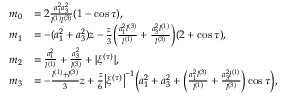
\begin{array} { r l } { m _ { 0 } } & { = 2 \frac { a _ { 1 } ^ { 2 } a _ { 3 } ^ { 2 } } { l ^ { ( 1 ) } l ^ { ( 3 ) } } ( 1 - \cos \tau ) , } \\ { m _ { 1 } } & { = - ( a _ { 1 } ^ { 2 } + a _ { 3 } ^ { 2 } ) z - \frac z 3 \biggl ( \frac { a _ { 1 } ^ { 2 } l ^ { ( 3 ) } } { l ^ { ( 1 ) } } + \frac { a _ { 3 } ^ { 2 } l ^ { ( 1 ) } } { l ^ { ( 3 ) } } \biggr ) ( 2 + \cos \tau ) , } \\ { m _ { 2 } } & { = \frac { a _ { 1 } ^ { 2 } } { l ^ { ( 1 ) } } + \frac { a _ { 3 } ^ { 2 } } { l ^ { ( 3 ) } } + | \xi ^ { ( \tau ) } | , } \\ { m _ { 3 } } & { = - \frac { l ^ { ( 1 ) } + l ^ { ( 3 ) } } 3 z + \frac z 6 \bigl | \xi ^ { ( \tau ) } \bigr | ^ { - 1 } \biggl ( a _ { 1 } ^ { 2 } + a _ { 3 } ^ { 2 } + \biggl ( \frac { a _ { 1 } ^ { 2 } l ^ { ( 3 ) } } { l ^ { ( 1 ) } } + \frac { a _ { 3 } ^ { 2 } l ^ { ( 1 ) } } { l ^ { ( 3 ) } } \biggr ) \cos \tau \biggr ) , } \end{array}